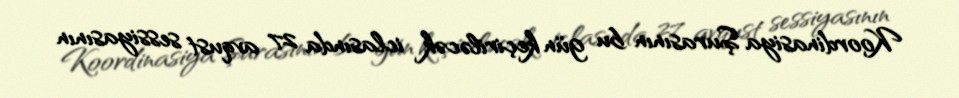
Koordinasiya Şurasının bu gün keçiriləcək iclasında 27 avqust sessiyasının